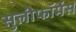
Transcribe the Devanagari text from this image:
सुलीफॉर्मेस